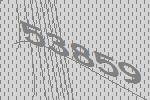
53859